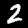
Digit: 2